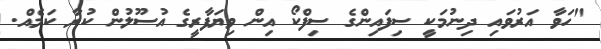
"ހަވާ އަރުވައި ދިނުމަކީ ސިފައިންގެ ސިފްކޯ އިން ވިޔަފާރީގެ އުސޫލުން ކުރާ ކަމެއް.